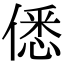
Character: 僁